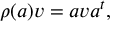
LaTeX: \rho ( a ) v = a v a ^ { t } ,